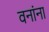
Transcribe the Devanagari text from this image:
वनांना